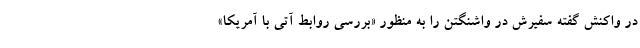
در واکنش گفته سفیرش در واشنگتن را به منظور «بررسی روابط آتی با آمریکا»